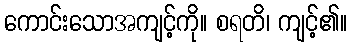
ကောင်းသောအကျင့်ကို။ စရတိ၊ ကျင့်၏။